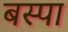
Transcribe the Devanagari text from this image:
बस्‍पा